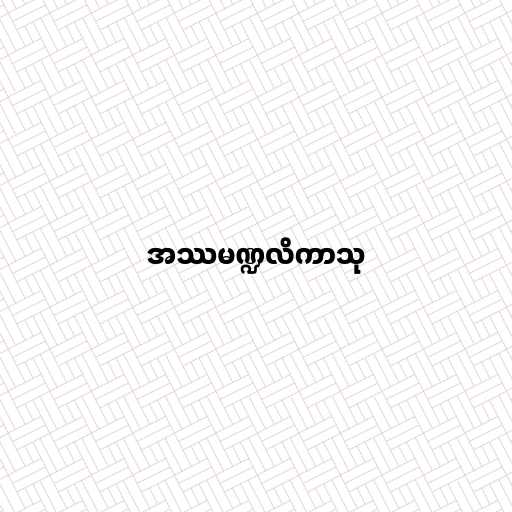
အဿမဏ္ဍလိကာသု